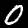
Label: 0